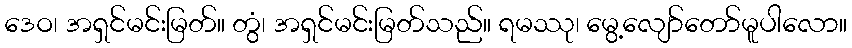
ဒေဝ၊ အရှင်မင်းမြတ်။ တွံ၊ အရှင်မင်းမြတ်သည်။ ရမဿု၊ မွေ့လျော်တော်မူပါလော။